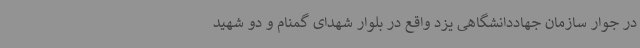
در جوار سازمان جهاددانشگاهی یزد واقع در بلوار شهدای گمنام و دو شهید